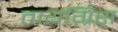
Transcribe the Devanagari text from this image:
तायग्रिस